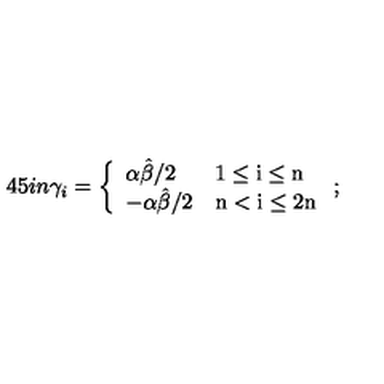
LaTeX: \hspace { - . 4 5 i n } \gamma _ { i } = \left\{ \begin{array} { l l } { { \alpha \hat { \beta } / 2 } } & { \mathrm { 1 \leq i \leq n } } \\ { { - \alpha \hat { \beta } / 2 } } & { \mathrm { n < i \leq 2 n } } \\ \end{array} \right. ;